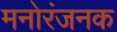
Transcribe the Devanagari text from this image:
मनोरंजनक